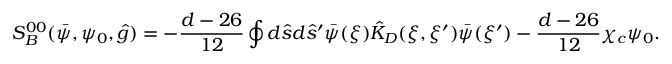
{ S _ { B } ^ { 0 0 } } ( \bar { \psi } , { \psi _ { 0 } } , \hat { g } ) = - { \frac { d - 2 6 } { 1 2 } } \oint { d } \hat { s } d { \hat { s } ^ { \prime } } \bar { \psi } ( \xi ) { \hat { K } _ { D } } ( \xi , \xi ^ { \prime } ) \bar { \psi } ( \xi ^ { \prime } ) - { \frac { d - 2 6 } { 1 2 } } { \chi _ { c } } { \psi _ { 0 } } .